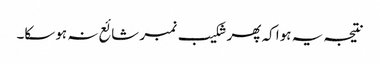
نتیجہ یہ ہوا کہ پھر شکیب نمبر شائع نہ ہوسکا۔